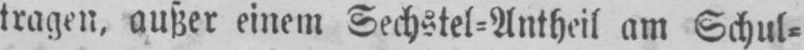
tragen, außer einem Sechstel⸗Antheil am Schul⸗